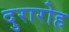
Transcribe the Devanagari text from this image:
दुरारोह